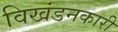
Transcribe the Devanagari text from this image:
विखंडनकारी